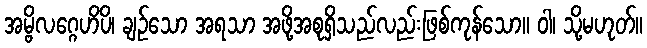
အမ္ဗိလဂ္ဂေဟိပိ၊ ချဉ်သော အရသာ အဖို့အစုရှိသည်လည်းဖြစ်ကုန်သော။ ဝါ၊ သို့မဟုတ်။